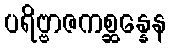
ပရိဗ္ဗာဇကစ္ဆန္နေန